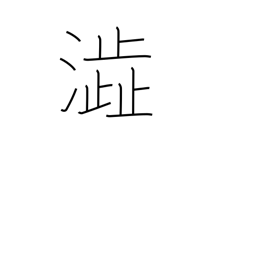
Meaning: astringent